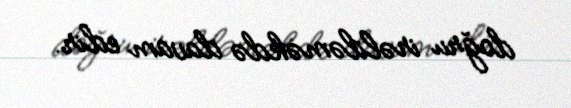
doğru irəliləməkdə davam edir.